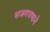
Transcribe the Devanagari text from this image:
सजगपणाने